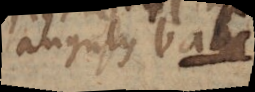
angulus bac